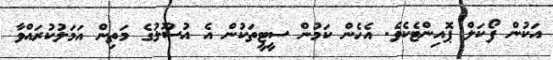
އަކުން ފޯކަލް ޕޮއިންޓެކެވެ. އެހެން ކަމުން ސީޓީތަކުން އެ އުސޫލުގެ މަތިން އަމަލުކުރައްވާ